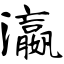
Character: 瀛